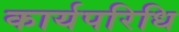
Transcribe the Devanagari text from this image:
कार्यपरिधि